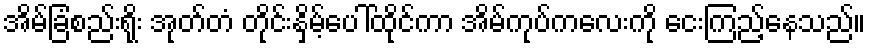
အိမ်ခြံစည်းရိုး အုတ်တံ တိုင်းနှိမ့်ပေါ်ထိုင်ကာ အိမ်ကုပ်ကလေးကို ငေးကြည့်နေသည်။